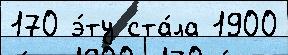
170 э́ту ста́ла 1900